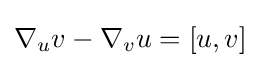
\nabla _{u}v-\nabla _{v}u=[u,v]